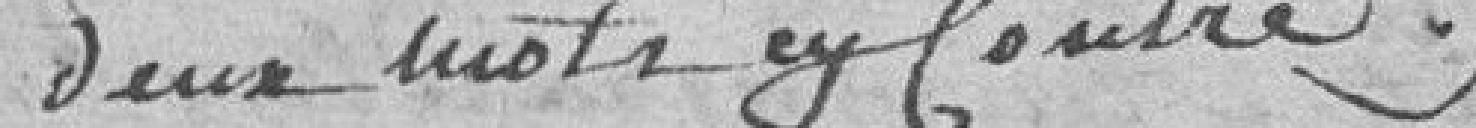
deux mots en contre